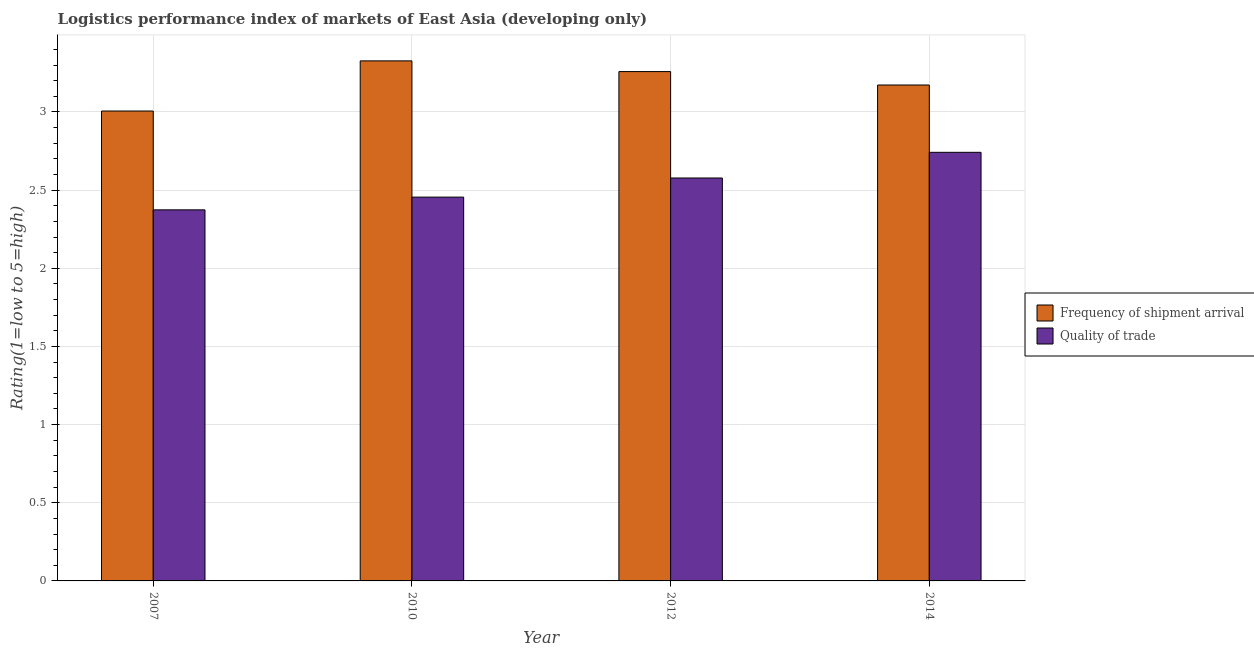
| Year | Frequency of shipment arrival | Quality of trade |
 | --- | --- | --- |
 | 2007 | 3.01 | 2.37 |
 | 2010 | 3.33 | 2.46 |
 | 2012 | 3.26 | 2.58 |
 | 2014 | 3.17 | 2.74 |